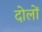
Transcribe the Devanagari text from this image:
दोलों